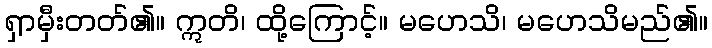
ရှာမှီးတတ်၏။ ဣတိ၊ ထို့ကြောင့်။ မဟေသိ၊ မဟေသိမည်၏။